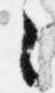
々